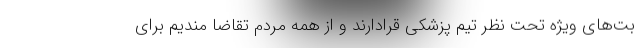
بت‌های ویژه تحت نظر تیم پزشکی قرادارند و از همه مردم تقاضا مندیم برای